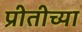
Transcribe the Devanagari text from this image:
प्रीतीच्या